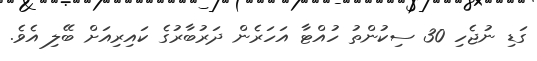
ގަޑި ނުޖެހި 30 ސިކުންތު ހުއްޓާ އަހަރެން ދަރުބާރުގެ ކައިރިއަށް ބޭލި އެވެ.